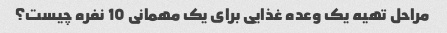
مراحل تهیه یک وعده غذایی برای یک مهمانی 10 نفره چیست؟